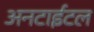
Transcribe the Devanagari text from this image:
अनटाईटल